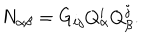
N _ { \alpha \beta } = G _ { i j } Q _ { \alpha } ^ { i } Q _ { \beta } ^ { j } .